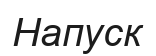
Напуск